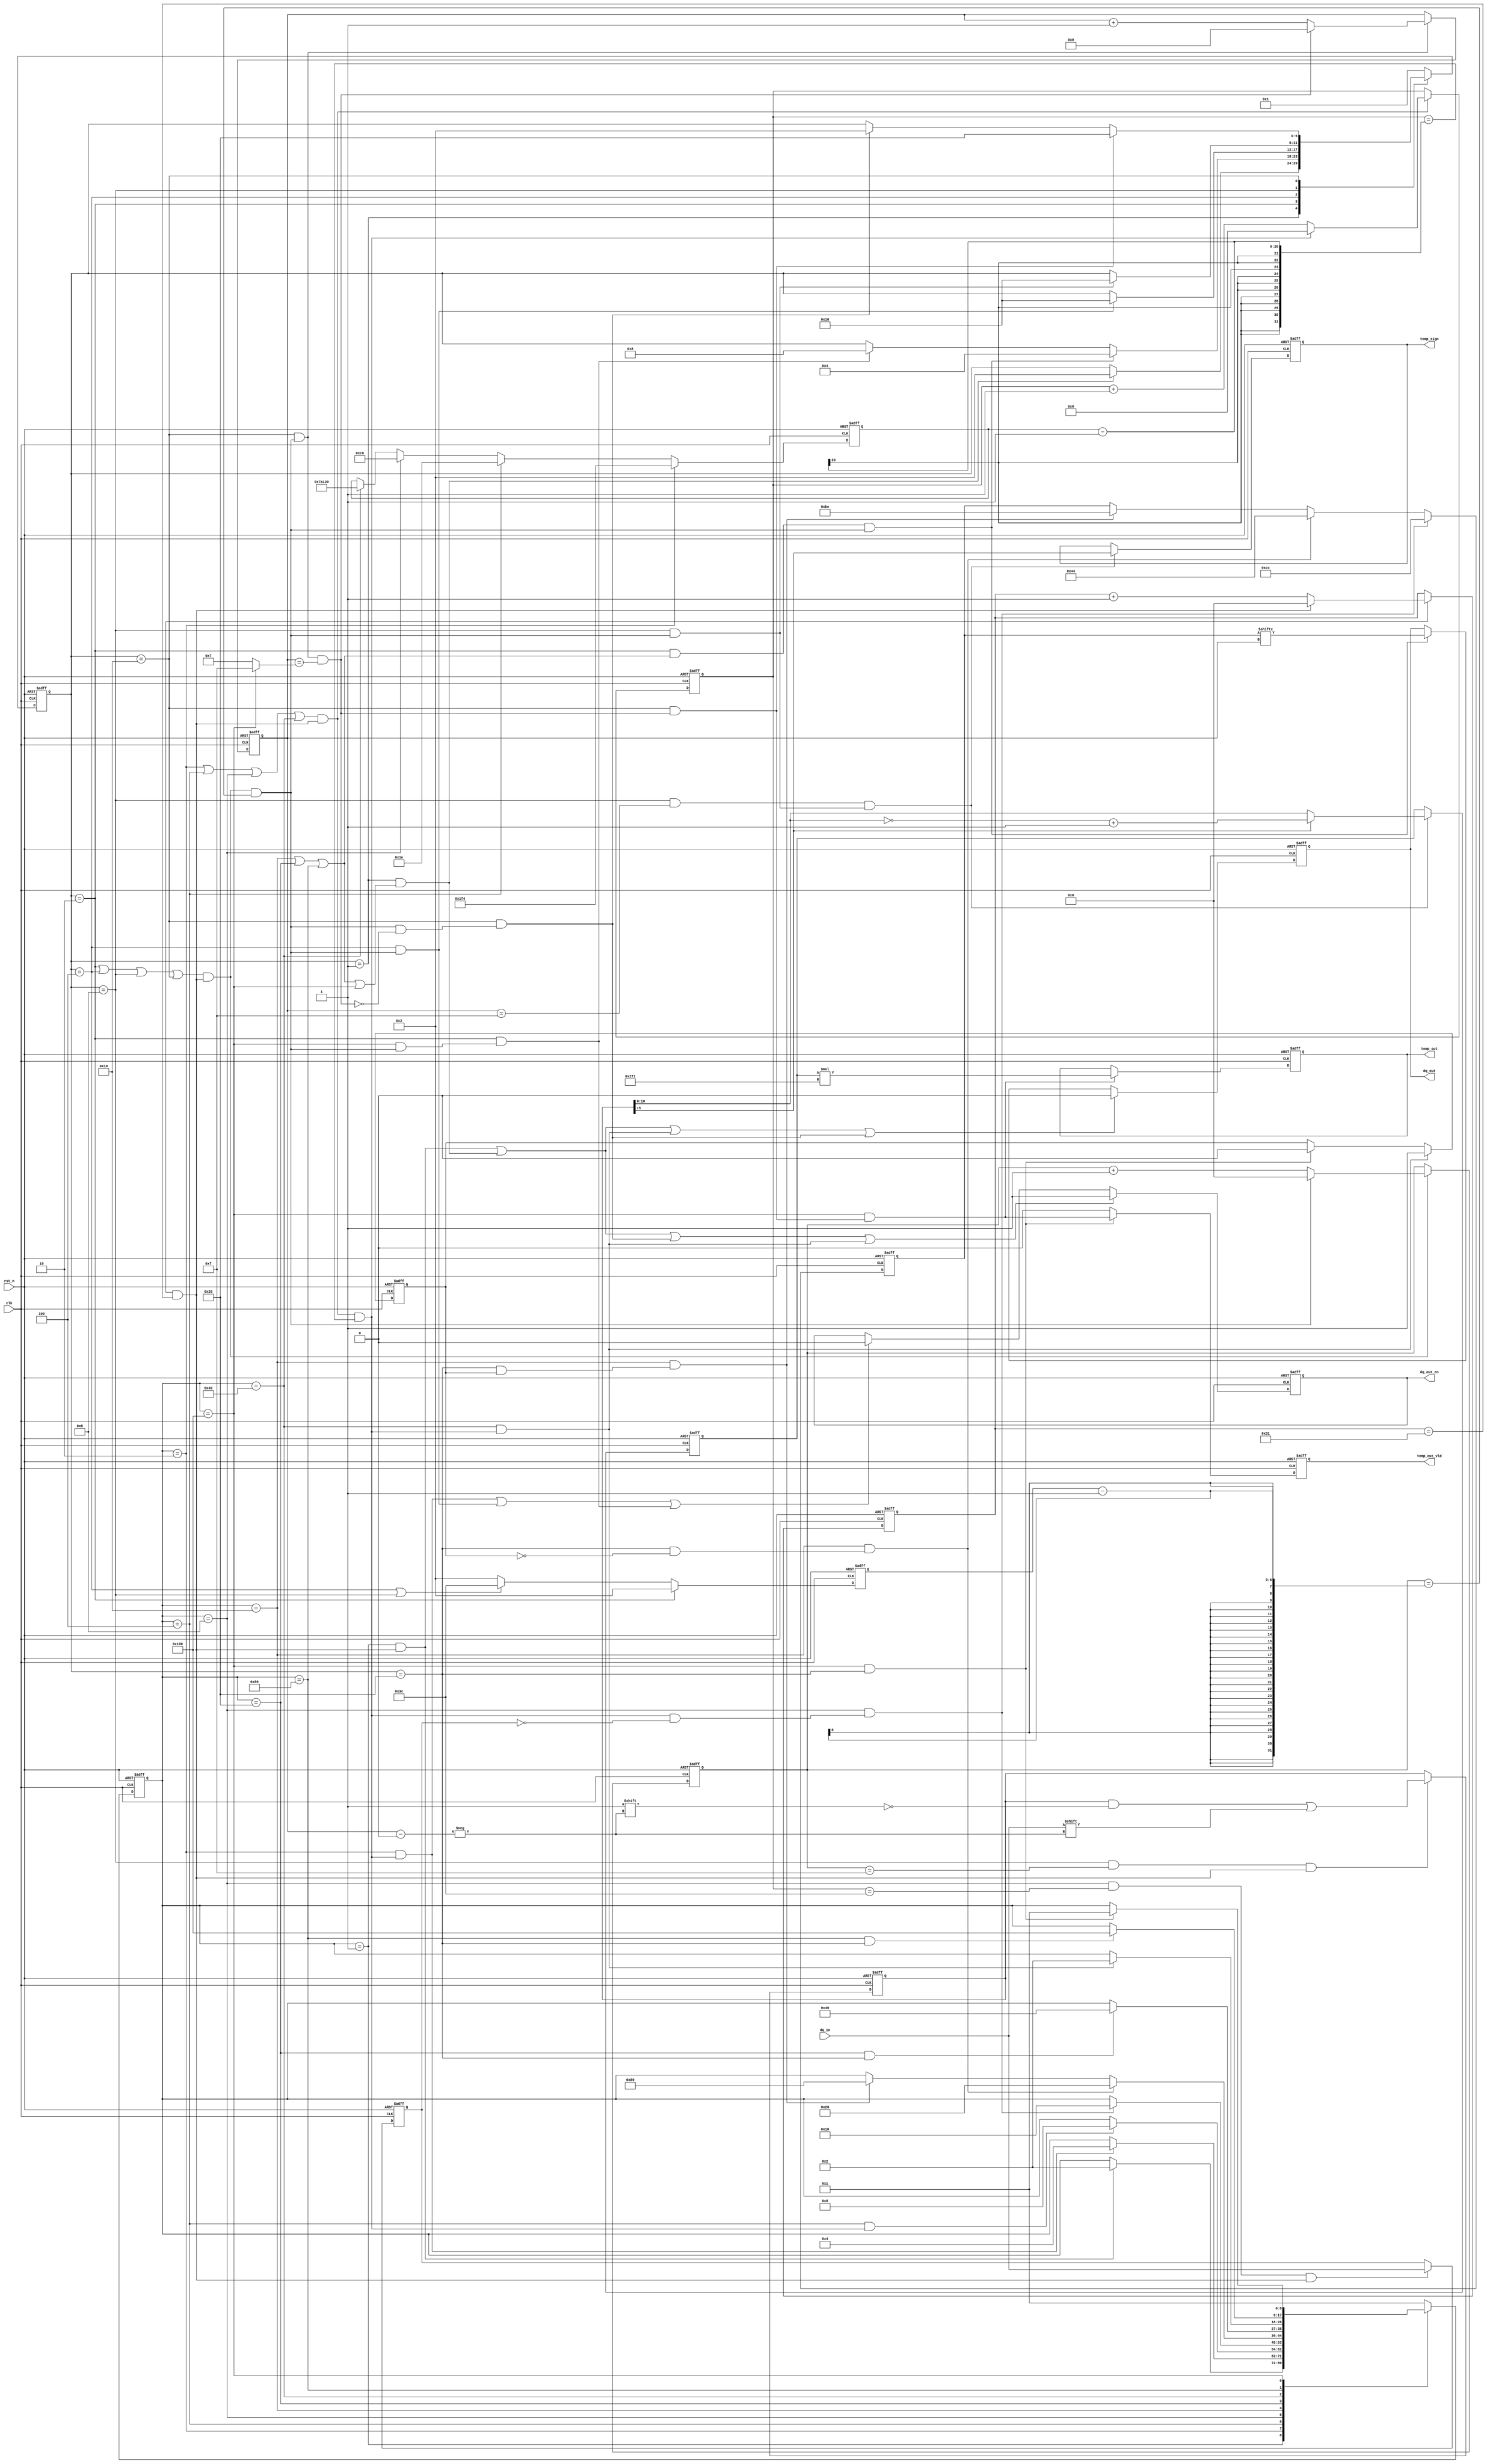
/*************************  *************************
1DS18B20DS18B20
   
2DS18B20
   --ROM----
   -/-
310000+12.3456-->+123456;

*************************  *************************/
module ds18b20_driver(
input                   clk          ,
input                   rst_n        ,
input                   dq_in        ,
output  reg             dq_out       ,
output  reg             dq_out_en    , 
output  reg             temp_sign    ,// 0 1
output  reg   [20:0]    temp_out     ,
output  reg             temp_out_vld            
);

//

localparam  M_IDLE = 9'b0_0000_0001,
            M_REST = 9'b0_0000_0010,//
            M_RELE = 9'b0_0000_0100,//
            M_RACK = 9'b0_0000_1000,//
            M_ROMS = 9'b0_0001_0000,//ROM
            M_CONT = 9'b0_0010_0000,//
            M_WAIT = 9'b0_0100_0000,//
            M_RCMD = 9'b0_1000_0000,//
            M_RTMP = 9'b1_0000_0000;//

localparam  S_IDLE = 6'b00_0001,
            S_LOW  = 6'b00_0010,//
            S_SEND = 6'b00_0100,//
            S_SAMP = 6'b00_1000,//
            S_RELE = 6'b01_0000,//
            S_DONE = 6'b10_0000;//

parameter   TIME_1US  = 20'd50,      //1us
            TIME_RST  = 20'd500,     // 500us
            TIME_REL  = 20'd30,      // 30us
            TIME_PRE  = 20'd200,     // 200us
            TIME_WAIT = 20'd500000,  // 500ms
            TIME_LOW  = 6'd2,       //  1us
            TIME_RW   = 6'd60,      //1bit  60us
            TIME_REC  = 6'd2;       //1bit  1us

localparam  CMD_ROMS  = 8'hCC,//RAM
            CMD_CONT  = 8'h44,//
            CMD_RTMP  = 8'hBE;//

//

reg     [8:0]       m_state_c   ;//
reg     [8:0]       m_state_n   ;
reg     [5:0]       s_state_c   ;//
reg     [5:0]       s_state_n   ;
reg     [5:0]       cnt_1us     ;//1us
wire                add_cnt_1us ;
wire                end_cnt_1us ;

//
reg     [19:0]      cnt0        ;//750ms
wire                add_cnt0    ;
wire                end_cnt0    ;
reg     [19:0]      M_Delay     ;

//
reg     [5:0]       cnt1        ;//us
wire                add_cnt1    ;
wire                end_cnt1    ;
reg     [5:0]       S_Delay     ;   


reg     [4:0]       cnt_bit     ;//
wire                add_cnt_bit ;
wire                end_cnt_bit ;

reg                 slave_ack   ;//
reg                 flag        ;//0 1

reg     [7:0]       wr_data     ;//
reg     [15:0]      orign_data  ;//16bit
reg     [10:0]      temp_data   ;//11bit

wire                m_idle2m_rest   ;
wire                m_rest2m_rele   ;
wire                m_rele2m_rack   ;
wire                m_rack2m_roms   ;
wire                m_roms2m_cont   ;
wire                m_roms2m_rcmd   ;
wire                m_cont2m_wait   ;
wire                m_wait2m_rest   ;
wire                m_rcmd2m_rtmp   ;
wire                m_rtmp2m_idle   ;

wire                s_idle2s_low    ;
wire                s_low2s_send    ;
wire                s_low2s_samp    ;
wire                s_send2s_rele   ;
wire                s_samp2s_rele   ;
wire                s_rele2s_low    ;
wire                s_rele2s_done   ;


//
always @(posedge clk or negedge rst_n)begin 
    if(!rst_n)begin
        m_state_c <= M_IDLE;
    end 
    else begin 
        m_state_c <= m_state_n;
    end 
end
always @(*)begin 
    case(m_state_c)
        M_IDLE:begin 
            if(m_idle2m_rest)
                m_state_n = M_REST;
            else 
                m_state_n = m_state_c;
        end 
        M_REST:begin 
            if(m_rest2m_rele)
                m_state_n = M_RELE;
            else 
                m_state_n = m_state_c;
        end
        M_RELE:begin 
            if(m_rele2m_rack)
                m_state_n = M_RACK;
            else 
                m_state_n = m_state_c;
        end 
        M_RACK:begin 
            if(m_rack2m_roms)
                m_state_n = M_ROMS;
            else 
                m_state_n = m_state_c;
        end 
        M_ROMS:begin 
            if(m_roms2m_cont)
                m_state_n = M_CONT;//
            else if(m_roms2m_rcmd)
                m_state_n = M_RCMD;//
            else 
                m_state_n = m_state_c;
        end 
        M_CONT:begin 
            if(m_cont2m_wait)
                m_state_n = M_WAIT;
            else 
                m_state_n = m_state_c;
        end 
        M_WAIT:begin 
            if(m_wait2m_rest)
                m_state_n = M_REST;
            else 
                m_state_n = m_state_c;
        end 
        M_RCMD:begin 
            if(m_rcmd2m_rtmp)
                m_state_n = M_RTMP;
            else 
                m_state_n = m_state_c;
        end 
        M_RTMP:begin //
            if(m_rtmp2m_idle)
                m_state_n = M_IDLE;
            else 
                m_state_n = m_state_c;
        end         
        default:m_state_n = M_IDLE;
    endcase 
end

assign      m_idle2m_rest = m_state_c == M_IDLE && (end_cnt_1us);
assign      m_rest2m_rele = m_state_c == M_REST && (end_cnt0);
assign      m_rele2m_rack = m_state_c == M_RELE && (end_cnt0);
assign      m_rack2m_roms = m_state_c == M_RACK && (end_cnt0 && slave_ack == 1'b0);//
assign      m_roms2m_cont = m_state_c == M_ROMS && (s_state_c == S_DONE && flag == 1'b0);
assign      m_roms2m_rcmd = m_state_c == M_ROMS && (s_state_c == S_DONE && flag == 1'b1);
assign      m_cont2m_wait = m_state_c == M_CONT && (s_state_c == S_DONE);
assign      m_wait2m_rest = m_state_c == M_WAIT && (end_cnt0);
assign      m_rcmd2m_rtmp = m_state_c == M_RCMD && (s_state_c == S_DONE);
assign      m_rtmp2m_idle = m_state_c == M_RTMP && (s_state_c == S_DONE);

//
always @(posedge clk or negedge rst_n)begin 
    if(!rst_n)begin
        s_state_c <= S_IDLE;
    end 
    else begin 
        s_state_c <= s_state_n;
    end 
end
always @(*)begin 
    case(s_state_c)
        S_IDLE:begin 
            if(s_idle2s_low)
                s_state_n = S_LOW;
            else 
                s_state_n = s_state_c;
        end  
        S_LOW :begin 
            if(s_low2s_send)
                s_state_n = S_SEND;
            else if(s_low2s_samp)
                s_state_n = S_SAMP;
            else 
                s_state_n = s_state_c;
        end  
        S_SEND:begin 
            if(s_send2s_rele)
                s_state_n = S_RELE;//1bit1us
            else 
                s_state_n = s_state_c;
        end  
        S_SAMP:begin 
            if(s_samp2s_rele)
                s_state_n = S_RELE; //1bit1us
            else 
                s_state_n = s_state_c;
        end  
        S_RELE:begin 
            if(s_rele2s_done)
                s_state_n = S_DONE; //8bit16bit/IDLE 
            else if(s_rele2s_low)
                s_state_n = S_LOW;//1bitbit
            else 
                s_state_n = s_state_c;
        end  
        S_DONE:begin 
                s_state_n = S_IDLE;
        end  
        default:s_state_n = S_IDLE;
    endcase 
end
assign      s_idle2s_low  = s_state_c == S_IDLE && (m_state_c == M_ROMS || m_state_c == M_CONT || m_state_c == M_RCMD || m_state_c == M_RTMP);//       
assign      s_low2s_send  = s_state_c == S_LOW  && (m_state_c == M_ROMS || m_state_c == M_CONT || m_state_c == M_RCMD) && end_cnt1;   
assign      s_low2s_samp  = s_state_c == S_LOW  && (m_state_c == M_RTMP && end_cnt1);   
assign      s_send2s_rele = s_state_c == S_SEND && (end_cnt1);       
assign      s_samp2s_rele = s_state_c == S_SAMP && (end_cnt1);       
assign      s_rele2s_low  = s_state_c == S_RELE && (end_cnt1 && end_cnt_bit == 1'b0);//S_RELEend_cnt1cnt_bit 
assign      s_rele2s_done = s_state_c == S_RELE && (end_cnt_bit);       

reg enable;



//1us
always @(posedge clk or negedge rst_n)begin 
    if(!rst_n)begin
        cnt_1us <= 0;
    end 
    else if(add_cnt_1us)begin 
            if(end_cnt_1us)begin 
                cnt_1us <= 0;
            end
            else begin 
                cnt_1us <= cnt_1us + 1'b1;
            end 
    end
end 
assign add_cnt_1us = enable;
assign end_cnt_1us = add_cnt_1us && cnt_1us == TIME_1US-1;

	 
always @(posedge clk or negedge rst_n)begin 
    if(!rst_n)begin
        cnt0 <= 0;
    end 
    else if(add_cnt0)begin 
            if(end_cnt0)begin 
                cnt0 <= 0;
            end
            else begin 
                cnt0 <= cnt0 + 1'b1;
            end 
    end
end 
assign add_cnt0 = (m_state_c == M_REST || m_state_c == M_RELE || m_state_c == M_RACK || m_state_c == M_WAIT) && end_cnt_1us;
assign end_cnt0 = add_cnt0 && cnt0 == M_Delay-1;


always @(posedge clk or negedge rst_n)begin 
    if(!rst_n)begin
        M_Delay <= 0;
    end 
    else if(m_state_c == M_REST)begin 
	    M_Delay <= TIME_RST;//
    end 
    else if(m_state_c == M_RELE)begin 
        M_Delay <= TIME_REL;//
    end 
    else if(m_state_c == M_RACK)begin 
        M_Delay <= TIME_PRE;//
    end 
    else if(m_state_c == M_WAIT)begin 
        M_Delay <= TIME_WAIT;//
    end
end

	 
always @(posedge clk or negedge rst_n)begin 
    if(!rst_n)begin
        cnt1 <= 0;
    end 
    else if(add_cnt1)begin 
            if(end_cnt1)begin 
                cnt1 <= 0;
            end
            else begin 
                cnt1 <= cnt1 + 1'b1;
            end 
    end
end 
assign add_cnt1 = (s_state_c == S_LOW || s_state_c == S_SEND || s_state_c == S_SAMP || s_state_c == S_RELE) && end_cnt_1us;
assign end_cnt1 = add_cnt1 && cnt1 == S_Delay-1;

always @(posedge clk or negedge rst_n)begin 
    if(!rst_n)begin
        S_Delay <= 0;
    end 
    else if(s_state_c == S_LOW)begin 
        S_Delay <= TIME_LOW;//
    end
    else if(s_state_c == S_SEND || s_state_c == S_SAMP)begin 
        S_Delay <= TIME_RW;//
    end 
    else begin 
        S_Delay <= TIME_REC;//
    end 
end

//
always @(posedge clk or negedge rst_n)begin 
    if(!rst_n)begin
        cnt_bit <= 0;
    end 
    else if(add_cnt_bit)begin 
            if(end_cnt_bit)begin 
                cnt_bit <= 0;
            end
            else begin 
                cnt_bit <= cnt_bit + 1;
            end 
    end
end 
assign add_cnt_bit = s_state_c == S_RELE && end_cnt1;//,1bit
assign end_cnt_bit = add_cnt_bit && cnt_bit == ((m_state_c == M_RTMP)?16-1:8-1);

//slave_ack  
always @(posedge clk or negedge rst_n)begin 
    if(!rst_n)begin
        slave_ack <= 1'b1;
    end 
    else if(m_state_c == M_RACK && cnt0 == 60 && end_cnt_1us)begin 
        slave_ack <= dq_in;
    end 
end

always @(posedge clk or negedge rst_n)begin 
    if(!rst_n)begin
        flag <= 0;//0 1
    end 
    else if(m_wait2m_rest)begin
        flag <= 1'b1;
    end 
    else if(m_rtmp2m_idle)begin//0 
        flag <= 1'b0;
    end 
end

//

//dq_out
always @(posedge clk or negedge rst_n)begin 
    if(!rst_n)begin
        dq_out <= 0;
    end 
    else if(m_idle2m_rest | s_idle2s_low | m_wait2m_rest | s_rele2s_low)begin 
        dq_out <= 1'b0;//
    end 
    else if(s_low2s_send)begin 
        dq_out <= wr_data[cnt_bit];//
    end 
end
//dq_out_en
always @(posedge clk or negedge rst_n)begin 
    if(!rst_n)begin
        dq_out_en <= 0;
    end 
    else if(m_idle2m_rest | s_idle2s_low | s_rele2s_low | m_wait2m_rest)begin 
        dq_out_en <= 1'b1;      // dq_out
    end 
    else if(m_rest2m_rele | s_send2s_rele | s_low2s_samp)begin 
        dq_out_en <= 1'b0;      // dq_out
    end 
end

/*
    : 
         
         1bit
         bit
         1us       
*/

//wr_data 
always @(posedge clk or negedge rst_n)begin 
    if(!rst_n)begin
        wr_data <= 0;
    end 
    else if(m_rack2m_roms)begin 
        wr_data <= CMD_ROMS;
    end 
    else if(m_roms2m_cont)begin 
        wr_data <= CMD_CONT;
    end
    else if(m_roms2m_rcmd)begin 
        wr_data <= CMD_RTMP;
    end 
end

//orign_data
always @(posedge clk or negedge rst_n)begin 
    if(!rst_n)begin
        orign_data <= 0;
    end 
    else if(s_state_c == S_SAMP && cnt1 == 15 && end_cnt_1us)begin 
        orign_data[cnt_bit] <= dq_in; 
    end 
end

//temp_data
always @(posedge clk or negedge rst_n)begin 
    if(!rst_n)begin
        temp_data <= 0;
    end 
    else if(s_state_c == S_SAMP && cnt_bit == 15 && s_samp2s_rele)begin 
        if(orign_data[15])
            temp_data <= ~orign_data[10:0] + 1'b1;  // 1 
        else 
            temp_data <= orign_data[10:0];          //
    end 
end

/*
 temp_data * 0.0625;
410000
 temp_data * 625
*/
//temp_out
always @(posedge clk or negedge rst_n)begin 
    if(!rst_n)begin
        temp_out <= 0;
    end 
    else if(m_state_c == M_RTMP && s_rele2s_done)begin 
        temp_out <= temp_data * 625;
    end 
end

//temp_out_vld
    always @(posedge clk or negedge rst_n)begin 
        if(!rst_n)begin
            temp_out_vld <= 0;
        end 
        else if(m_rtmp2m_idle) begin 
            temp_out_vld <= m_state_c == M_RTMP && s_rele2s_done;
        end
        else begin
        temp_out_vld <= 1'b0;   
        end
    end

//temp_sign
    always @(posedge clk or negedge rst_n)begin 
        if(!rst_n)begin
            temp_sign <= 0;
        end 
        else if(s_state_c == S_SAMP && cnt_bit == 15 && s_samp2s_rele)begin 
            temp_sign <= orign_data[15];//1:0
        end
        else begin
        temp_sign <= temp_sign;//1:0      
    end 
    end

endmodule